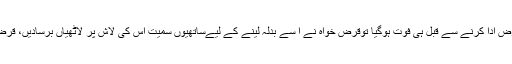
تلہ گنگ کے شہر میں انتہائی افسوسناک واقعہ پیش آیا جہاں ایک 60 سالہ شخص قرض ادا کرنے سے قبل ہی فوت ہوگیا توقرض خواہ نے ا سے بدلہ لینے کے لیےساتھیوں سمیت اس کی لاش پر لاٹھیاں برسادیں، قرض خواہ نے میت کو نماز جنازہ کے لیے لے جانے سے روکنے کی کوشش بھی کی۔